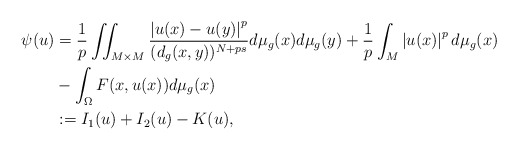
\begin{align*}\psi(u)&=\frac{1}{p}\iint_{M\times M}\frac{\left| u(x)-u(y) \right|^{p}}{(d_g(x,y))^{N+ps}}d\mu _g(x)d\mu _g(y)+ \frac{1}{p} \int _{M} \left| u(x) \right|^{p} d\mu _g(x)\\ &-\int _{\Omega} F(x, u(x)) d\mu _g(x)\\ &:= I_{1}(u)+ I_{2}(u)-K(u),\end{align*}